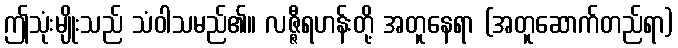
ဤသုံးမျိုးသည် သံဝါသမည်၏။ လဇ္ဇီရဟန်းတို့ အတူနေရာ (အတူဆောက်တည်ရာ)